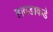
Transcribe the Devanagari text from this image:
हावडाकडे